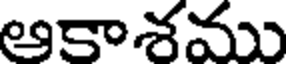
ఆకాశము